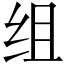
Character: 组